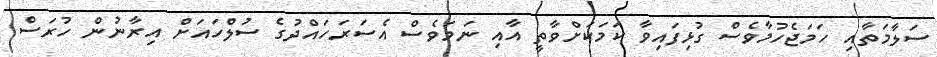
ސަލާމަތާއި ހަމަޖެހުމާވެސް ގުޅިފައިވާ ކަމަކަށްވާތީ އާއި ނަމަވެސް އެސަރަހައްދުގެ ސުލްހައަށް އިރާނުން ހުރަސް